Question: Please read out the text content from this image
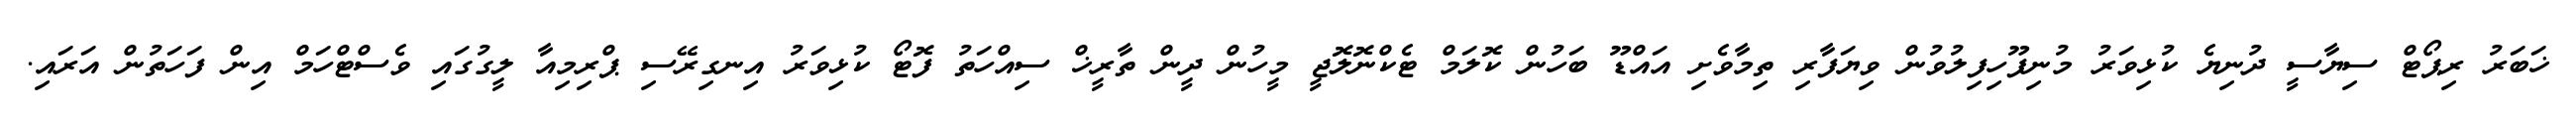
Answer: ޚަބަރު ރިޕޯޓް ސިޔާސީ ދުނިޔެ ކުޅިވަރު މުނިފޫހިފިލުވުން ވިޔަފާރި ތިމާވެށި އައްޑޫ ބަހުން ކޮލަމް ޓެކްނޮލޮޖީ މީހުން ދީން ތާރީޚް ސިއްހަތު ފޮޓޯ ކުޅިވަރު އިނގިރޭސި ޕްރިމިއާ ލީގުގައި ވެސްޓްހަމް އިން ފަހަތުން އަރައި.